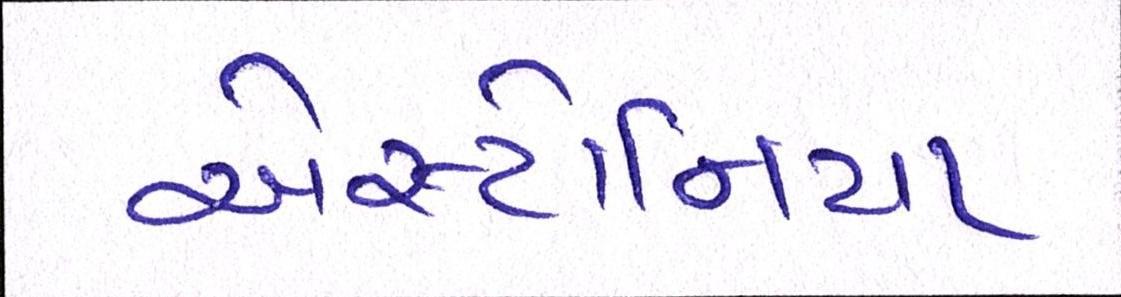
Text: એસ્ટોનિયા